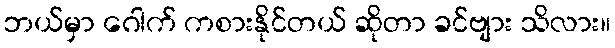
ဘယ်မှာ ဂေါက် ကစားနိုင်တယ် ဆိုတာ ခင်ဗျား သိလား။